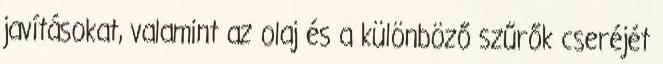
javításokat, valamint az olaj és a különböző szűrők cseréjét